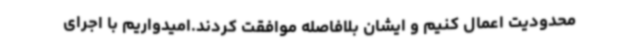
محدودیت اعمال کنیم و ایشان بلافاصله موافقت کردند.امیدواریم با اجرای